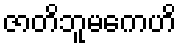
ဇာတိဘူမကေဟိ